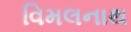
વિમલનાથ